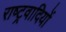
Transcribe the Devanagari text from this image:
राष्‍ट्रवादियों